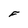
Character: F